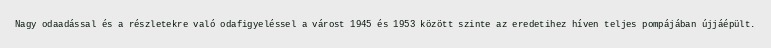
Nagy odaadással és a részletekre való odafigyeléssel a várost 1945 és 1953 között szinte az eredetihez híven teljes pompájában újjáépült.